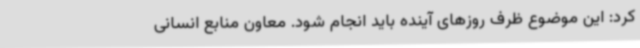
کرد: این موضوع ظرف روزهای آینده باید انجام شود. معاون منابع انسانی